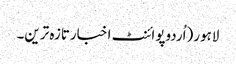
لاہور(اُردوپوائنٹ اخبارتازہ ترین۔